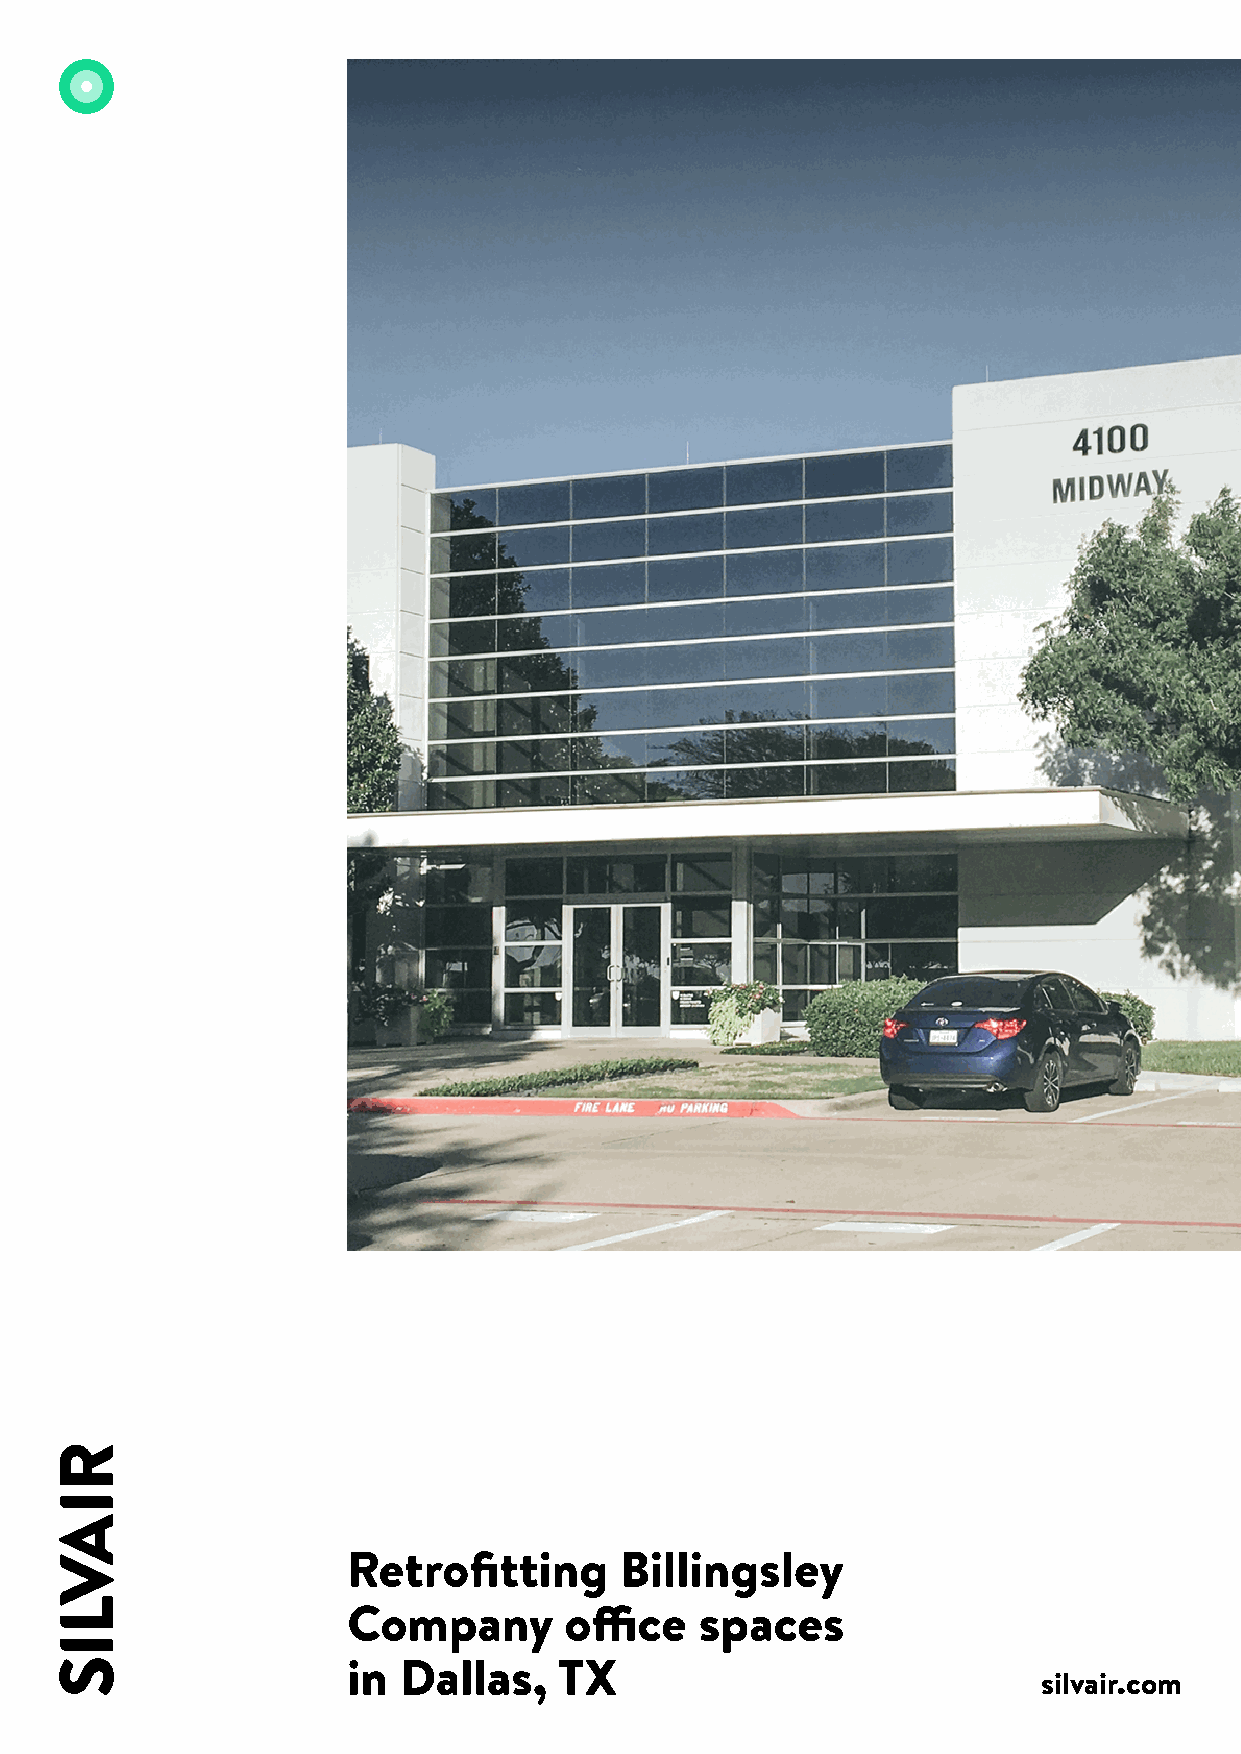
Retrofitting      Billingsley
 Company       office   spaces
 in Dallas,    TX
 silvair.com